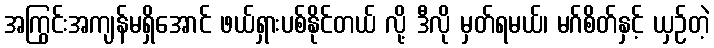
အကြွင်းအကျန်မရှိအောင် ဖယ်ရှားပစ်နိုင်တယ် လို့ ဒီလို မှတ်ရမယ်၊ မဂ်စိတ်နှင့် ယှဉ်တဲ့